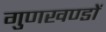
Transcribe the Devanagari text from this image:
गुणखण्डों